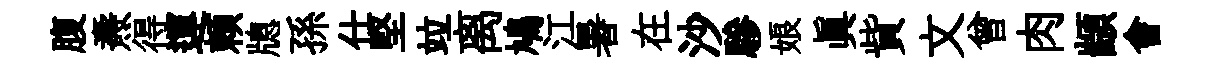
腹燾得運頼牕孫仕堅竝离鳩江暑在沙驂娘眞貲文曾肉顓會